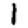
Digit: 1